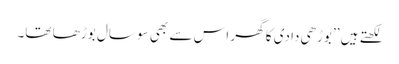
لکھتے ہیں ’’بوڑھی دادی کا گھر اس سے بھی سو سال بوڑھا تھا۔